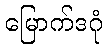
မြောက်ဒဂုံ